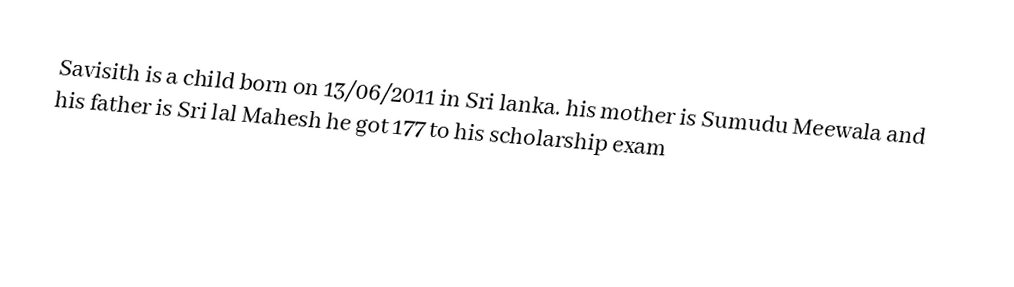
Savisith is a child born on 13/06/2011 in Sri lanka. his mother is Sumudu Meewala and his father is Sri lal Mahesh he got 177 to his scholarship exam